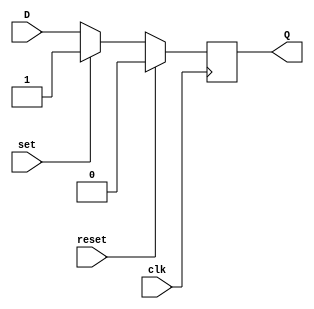
module DFF (
    input wire D,
    input wire clk,
    input wire reset,
    input wire set,
    output reg Q
);

always @(posedge clk) begin
    if (reset) begin
        Q <= 1'b0; // Set output to 0 when reset is asserted
    end else if (set) begin
        Q <= 1'b1; // Set output to 1 when set is asserted
    end else begin
        Q <= D; // Change output based on D input when clock transitions
    end
end

endmodule